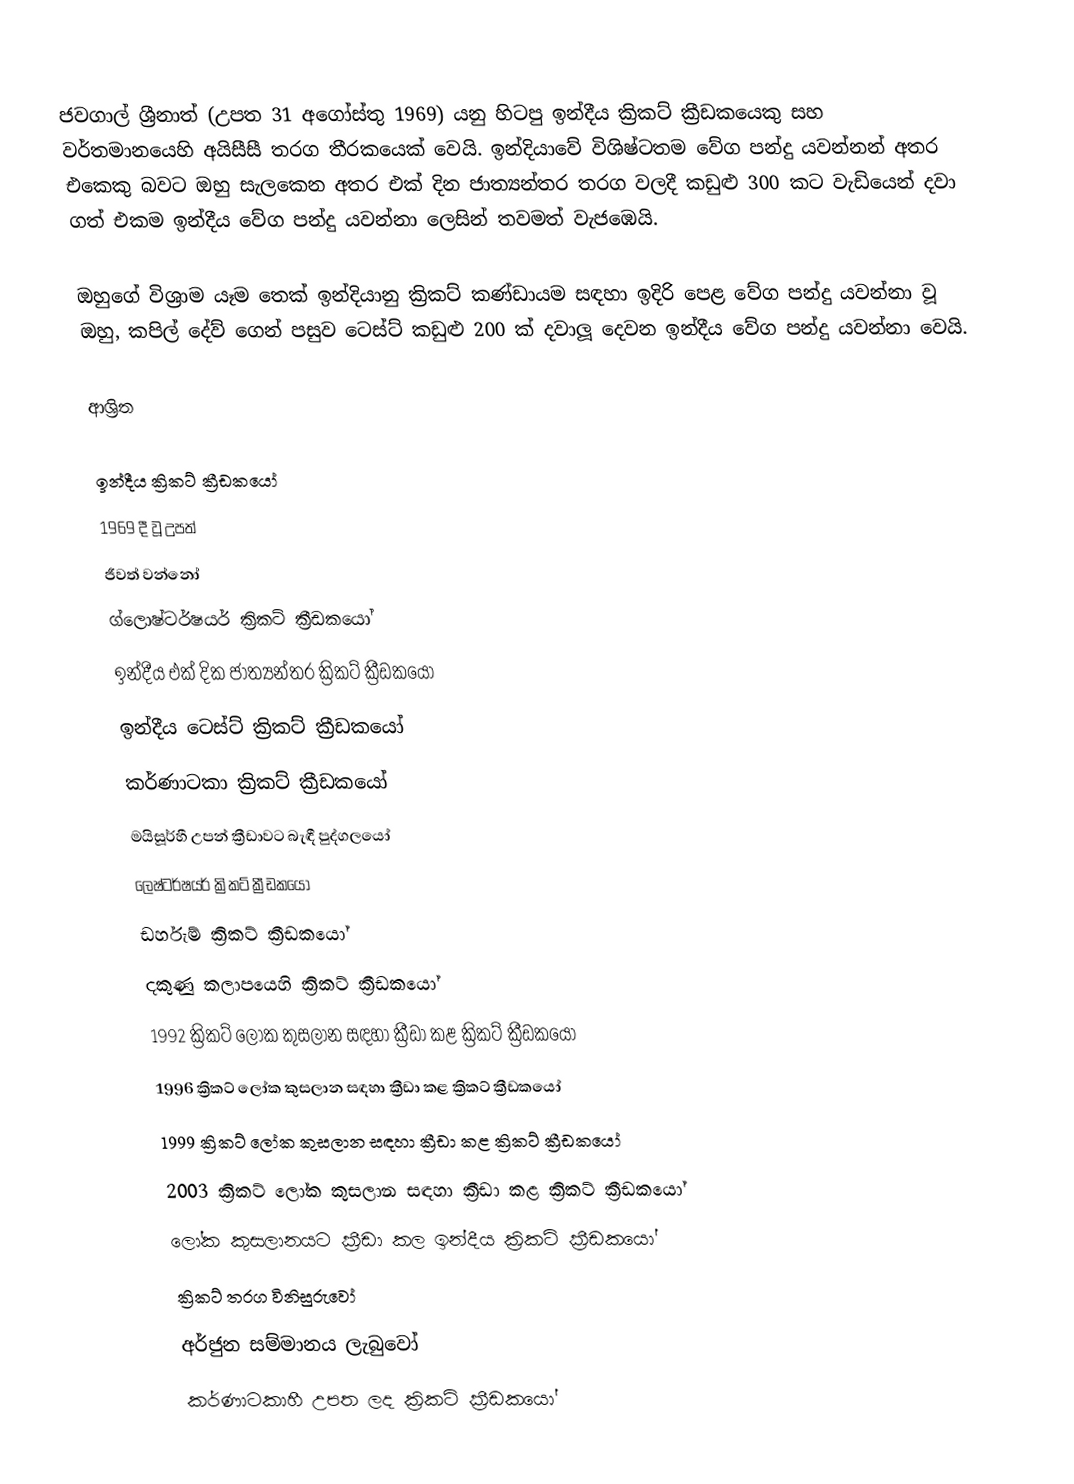
ජවගාල් ශ්‍රීනාත්  (උපත 31 අගෝස්තු 1969) යනු හිටපු ඉන්දීය ක්‍රිකට් ක්‍රීඩකයෙකු සහ වර්තමානයෙහි  අයිසීසී තරග තීරකයෙක් වෙයි. ඉන්දියාවේ විශිෂ්ටතම වේග පන්දු යවන්නන් අතර එකෙකු බවට ඔහු සැලකෙන අතර  එක් දින ජාත්‍යන්තර තරග වලදී කඩුළු 300 කට වැඩියෙන් දවා ගත් එකම ඉන්දීය වේග පන්දු යවන්නා ලෙසින් තවමත් වැජඹෙයි.

ඔහුගේ විශ්‍රාම යෑම තෙක් ඉන්දියානු ක්‍රිකට් කණ්ඩායම සඳහා ඉදිරි පෙළ වේග පන්දු යවන්නා වූ ඔහු, කපිල් දේව් ගෙන් පසුව ටෙස්ට් කඩුළු 200 ක් දවාලූ දෙවන ඉන්දීය වේග පන්දු යවන්නා වෙයි.

ආශ්‍රිත

ඉන්දීය ක්‍රිකට් ක්‍රීඩකයෝ
1969 දී වූ උපත්
ජීවත් වන්නෝ
ග්ලොෂ්ටර්ෂයර් ක්‍රිකට් ක්‍රීඩකයෝ
ඉන්දීය එක් දික ජාත්‍යන්තර ක්‍රිකට් ක්‍රීඩකයෝ
ඉන්දීය ටෙස්ට් ක්‍රිකට් ක්‍රීඩකයෝ
කර්ණාටකා ක්‍රිකට් ක්‍රීඩකයෝ
මයිසූර්හී උපන් ක්‍රීඩාවට බැඳී පුද්ගලයෝ
ලෙෂ්ටර්ෂයර් ක්‍රිකට් ක්‍රීඩකයෝ
ඩර්හැම් ක්‍රිකට් ක්‍රීඩකයෝ
දකුණු කලාපයෙහි ක්‍රිකට් ක්‍රීඩකයෝ
 1992 ක්‍රිකට් ලෝක කුසලාන සඳහා ක්‍රීඩා කළ ක්‍රිකට් ක්‍රීඩකයෝ
 1996 ක්‍රිකට් ලෝක කුසලාන සඳහා ක්‍රීඩා කළ ක්‍රිකට් ක්‍රීඩකයෝ
 1999 ක්‍රිකට් ලෝක කුසලාන සඳහා ක්‍රීඩා කළ ක්‍රිකට් ක්‍රීඩකයෝ
 2003 ක්‍රිකට් ලෝක කුසලාන සඳහා ක්‍රීඩා කළ ක්‍රිකට් ක්‍රීඩකයෝ
 ලෝක කුසලානයට ක්‍රීඩා කල ඉන්දීය ක්‍රිකට් ක්‍රීඩකයෝ
ක්‍රිකට් තරග විනිසුරුවෝ
අර්ජුන සම්මානය ලැබුවෝ
කර්ණාටකාහී උපත ලද ක්‍රිකට් ක්‍රීඩකයෝ